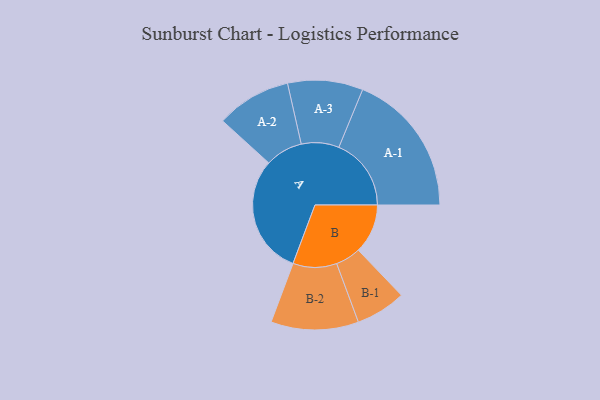
{"axis": {"x": "Segment", "y": "Value"}, "legend": ["", "A", "B"], "data": [{"x": "A", "y": 486, "type": ""}, {"x": "B", "y": 201, "type": ""}, {"x": "A-1", "y": 294, "type": "A"}, {"x": "A-2", "y": 152, "type": "A"}, {"x": "A-3", "y": 153, "type": "A"}, {"x": "B-1", "y": 102, "type": "B"}, {"x": "B-2", "y": 178, "type": "B"}]}